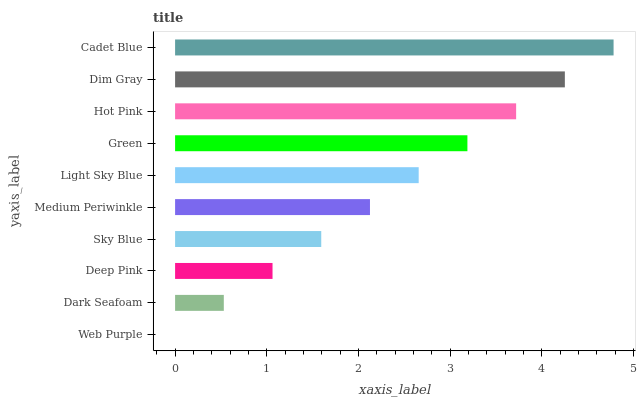
| yaxis_label | bars |
 | --- | --- |
 | Web Purple | 0 |
 | Dark Seafoam | 0.532 |
 | Deep Pink | 1.06 |
 | Sky Blue | 1.59 |
 | Medium Periwinkle | 2.13 |
 | Light Sky Blue | 2.66 |
 | Green | 3.19 |
 | Hot Pink | 3.72 |
 | Dim Gray | 4.25 |
 | Cadet Blue | 4.78 |